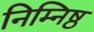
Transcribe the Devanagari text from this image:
निम्निष्ठ